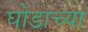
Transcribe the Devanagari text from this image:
घोडाच्या